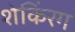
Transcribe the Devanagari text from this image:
शेकिंरग